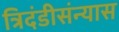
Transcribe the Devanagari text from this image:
त्रिदंडीसंन्यास